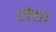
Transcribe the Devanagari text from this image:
टोरा।